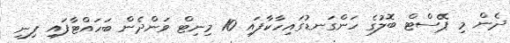
ދެން މި ޕޭސްޓް ބޮލުގެ ހަންގަނޑުގައިހާކާފައި 10 މިނިޓް ވަންދެން ބަހައްޓާފައި ފިނި